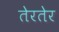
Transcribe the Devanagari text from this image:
तेरतेर